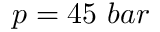
p = 4 5 \ b a r